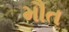
મૌત